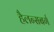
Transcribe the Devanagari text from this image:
हैलन्सबर्ग